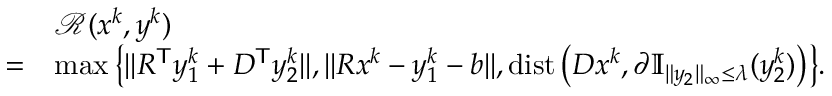
\begin{array} { r l } { } & { \mathcal { R } ( x ^ { k } , y ^ { k } ) } \\ { = } & { \operatorname* { m a x } \big \{ \| R ^ { \mathsf { T } } y _ { 1 } ^ { k } + D ^ { \mathsf { T } } y _ { 2 } ^ { k } \| , \| R x ^ { k } - y _ { 1 } ^ { k } - b \| , \mathrm { d i s t } \left( D x ^ { k } , \partial \mathbb { I } _ { \| y _ { 2 } \| _ { \infty } \leq \lambda } ( y _ { 2 } ^ { k } ) \right) \! \big \} . } \end{array}